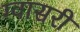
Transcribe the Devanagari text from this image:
ग्वासरी